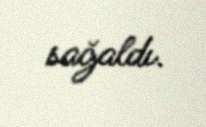
sağaldı.